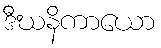
ဒီဃနိကာယော